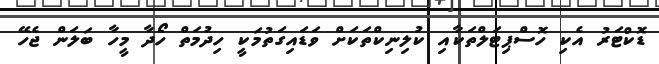
ޑޮކްޓަރު އެކި ހޮސްޕިޓަލްތަކާއި ކުލިނިކްތަކަށް ވަޑައިގަތުމަކީ ހިދުމަތް ހޯދާ މީހާ ބަލަން ޖެހޭ